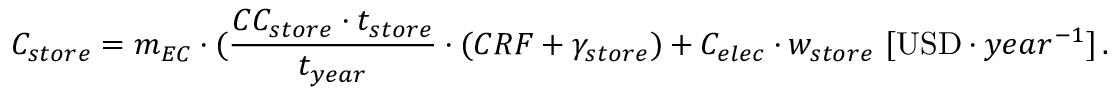
C _ { s t o r e } = m _ { E C } \cdot ( \frac { C C _ { s t o r e } \cdot t _ { s t o r e } } { t _ { y e a r } } \cdot ( C R F + \gamma _ { s t o r e } ) + C _ { e l e c } \cdot w _ { s t o r e } \ [ \mathrm { U S D } \cdot y e a r ^ { - 1 } ] \, .